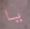
يا